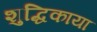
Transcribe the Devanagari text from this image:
शुद्धिकाया